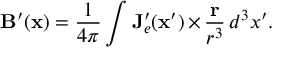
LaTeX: \mathbf { B } ^ { \prime } ( \mathbf { x } ) = \frac { 1 } { 4 \pi } \int \mathbf { J } _ { e } ^ { \prime } ( \mathbf { x } ^ { \prime } ) \, { \bf \times } \, \frac { \mathbf { r } } { r ^ { 3 } } \, d ^ { 3 } x ^ { \prime } .